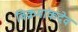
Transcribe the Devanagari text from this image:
विक्रमांकदेव